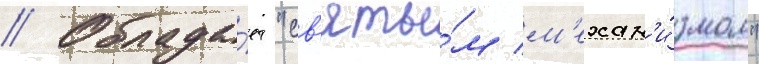
// Облада́ет "св'яты́м м'ехан'и́змом"